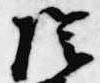
陰